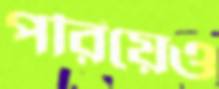
পরিয়েও